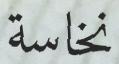
نخاسة